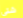
شتى